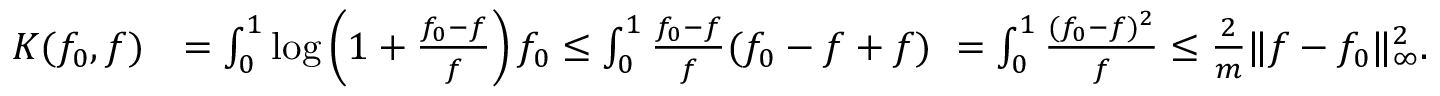
\begin{array} { r l } { K ( f _ { 0 } , f ) } & { = \int _ { 0 } ^ { 1 } \log \left( 1 + \frac { f _ { 0 } - f } { f } \right) f _ { 0 } \leq \int _ { 0 } ^ { 1 } \frac { f _ { 0 } - f } { f } ( f _ { 0 } - f + f ) \ = \int _ { 0 } ^ { 1 } \frac { ( f _ { 0 } - f ) ^ { 2 } } { f } \leq \frac { 2 } { m } \| f - f _ { 0 } \| _ { \infty } ^ { 2 } . } \end{array}